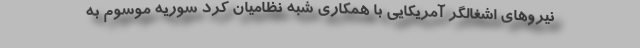
نیروهای اشغالگر آمریکایی با همکاری شبه نظامیان کرد سوریه موسوم به